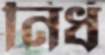
নির্ধ